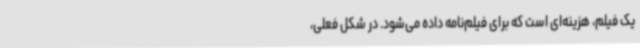
یک فیلم، هزینه‌ای است که برای فیلم‌نامه داده می‌شود. در شکل فعلی،